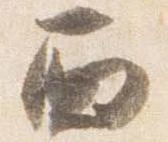
西